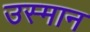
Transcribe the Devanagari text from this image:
उस्‍मान